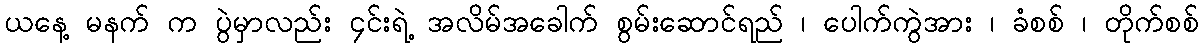
ယနေ့ မနက် က ပွဲမှာလည်း ၄င်းရဲ့ အလိမ်အခေါက် စွမ်းဆောင်ရည် ၊ ပေါက်ကွဲအား ၊ ခံစစ် ၊ တိုက်စစ်